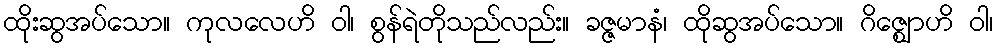
ထိုးဆွအပ်သော။ ကုလလေဟိ ဝါ၊ စွန်ရဲတိုသည်လည်း။ ခဇ္ဇမာနံ၊ ထိုဆွအပ်သော။ ဂိဇ္ဈောဟိ ဝါ၊